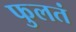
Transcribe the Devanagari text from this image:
फुलतं